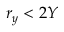
r _ { y } < 2 Y